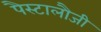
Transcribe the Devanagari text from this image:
पैस्टालौजी